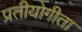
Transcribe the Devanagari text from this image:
प्रतीयोगीता